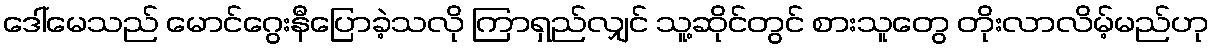
ဒေါ်မေသည် မောင်ဂွေးနီပြောခဲ့သလို ကြာရှည်လျှင် သူ့ဆိုင်တွင် စားသူတွေ တိုးလာလိမ့်မည်ဟု